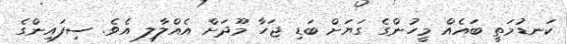
ކަނޑުމަތީ ބައެއް މީހުންގެ ގަޔަށް ބަޑި ޖަހާ މޫދަށް އެއްލާލި އެވެ. ސިފައިންގެ